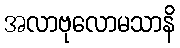
အလာဗုလောမသာနိ